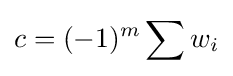
c=(-1)^{m}\sum w_{i}